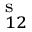
^ \mathrm { { s } } _ { 1 2 }